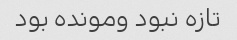
تازه نبود ومونده بود